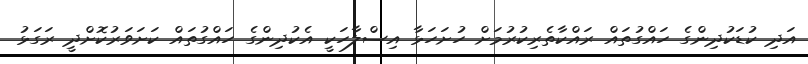
އަދި ކުޑަކުދިންގެ ހައްގުތައް ރައްކާތެރިކުރުމަށް ހުށަހަޅާ އިސްލާހަކީ އެކުދިންގެ ހައްގުތައް ކަށަވަރުކޮށްދީ ރަގަޅު